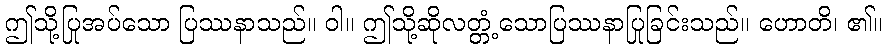
ဤသို့ပြုအပ်သော ပြဿနာသည်။ ဝါ။ ဤသို့ဆိုလတ္တံ့သောပြဿနာပြုခြင်းသည်။ ဟောတိ၊ ၏။